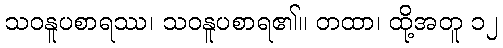
သဝနူပစာရဿ၊ သဝနူပစာရ၏။ တထာ၊ ထို့အတူ ၁၂